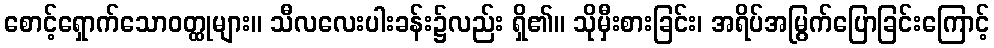
စောင့်ရှောက်သောဝတ္ထုများ။ သီလလေးပါးခန်း၌လည်း ရှိ၏။ သိုမှီးစားခြင်း၊ အရိပ်အမြွက်ပြောခြင်းကြောင့်